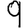
Digit: 9